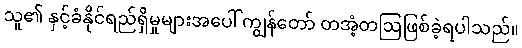
သူ၏ နှင့်ခံနိုင်ရည်ရှိမှုများအပေါ် ကျွန်တော် တအံ့တဩဖြစ်ခဲ့ရပါသည်။